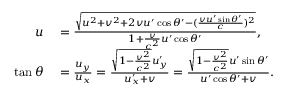
\begin{array} { r l } { u } & { { } = { \frac { \sqrt { u ^ { 2 } + v ^ { 2 } + 2 v u ^ { \prime } \cos \theta ^ { \prime } - ( { \frac { v u ^ { \prime } \sin \theta ^ { \prime } } { c } } ) ^ { 2 } } } { 1 + { \frac { v } { c ^ { 2 } } } u ^ { \prime } \cos \theta ^ { \prime } } } , } \\ { \tan \theta } & { { } = { \frac { u _ { y } } { u _ { x } } } = { \frac { { \sqrt { 1 - { \frac { v ^ { 2 } } { c ^ { 2 } } } } } u _ { y } ^ { \prime } } { u _ { x } ^ { \prime } + v } } = { \frac { { \sqrt { 1 - { \frac { v ^ { 2 } } { c ^ { 2 } } } } } u ^ { \prime } \sin \theta ^ { \prime } } { u ^ { \prime } \cos \theta ^ { \prime } + v } } . } \end{array}